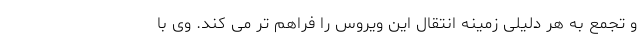
و تجمع به هر دلیلی زمینه انتقال این ویروس را فراهم تر می کند. وی با